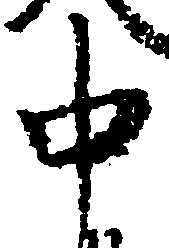
中